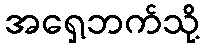
အရှေ့ဘက်သို့